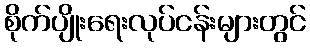
စိုက်ပျိုးရေးလုပ်ငန်းများတွင်